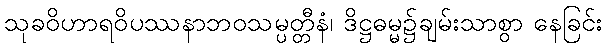
သုခဝိဟာရဝိပဿနာဘဝသမ္ပတ္တီနံ၊ ဒိဋ္ဌဓမ္မ၌ချမ်းသာစွာ နေခြင်း